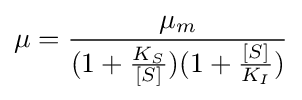
\mu ={\frac {\mu _{m}}{(1+{\frac {K_{S}}{[S]}})(1+{\frac {[S]}{K_{I}}})}}